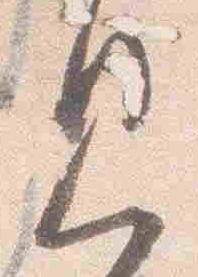
見